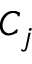
C _ { j }